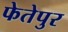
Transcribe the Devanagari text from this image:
फेतेपुर